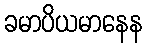
ခမာပိယမာနေန